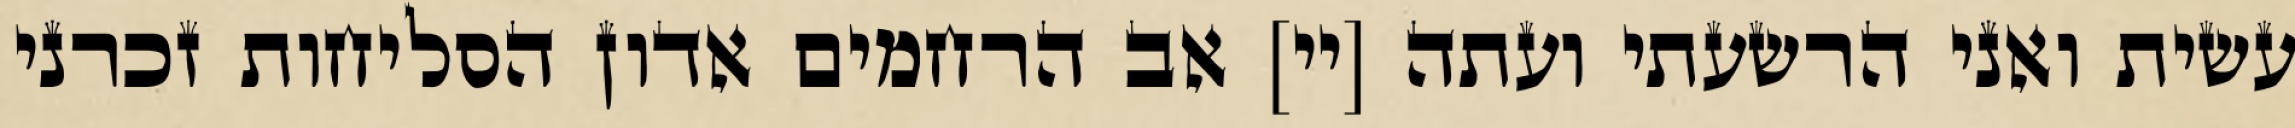
עשית ואני הרשעתי ועתה [יי] אב הרחמים אדון הסליחות זכרני